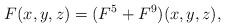
LaTeX: \begin{align*}F(x,y,z)=(F^5+F^9)(x,y,z),\end{align*}